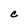
Character: C